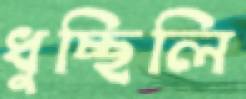
ধুচ্ছিলি